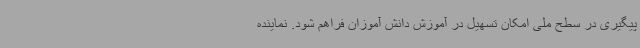
پیگیری در سطح ملی امکان تسهیل در آموزش دانش آموزان فراهم شود. نماینده